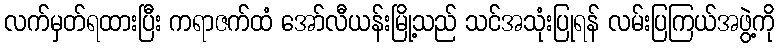
လက်မှတ်ရထားပြီး ကရာဇက်ထံ အော်လီယန်းမြို့သည် သင်အသုံးပြုရန် လမ်းပြကြယ်အဖွဲ့ကို